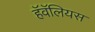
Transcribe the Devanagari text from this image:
हॅवॅलियस